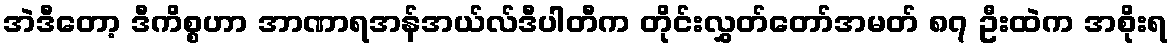
အဲဒီတော့ ဒီကိစ္စဟာ အာဏာရအန်အယ်လ်ဒီပါတီက တိုင်းလွှတ်တော်အမတ် ၈၇ ဦးထဲက အစိုးရ